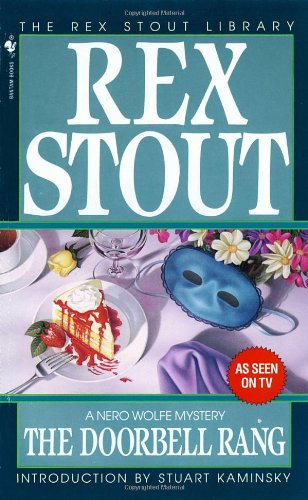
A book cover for The Doorbell Rang (Nero Wolfe); Rex Stout; Mystery, Thriller & Suspense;